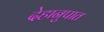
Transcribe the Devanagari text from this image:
देहानुपात